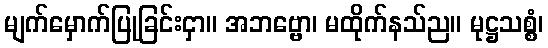
မျက်မှောက်ပြုခြင်းငှာ။ အဘဗ္ဗော၊ မထိုက်နသ်ည။ မုဋ္ဌသစ္စံ၊